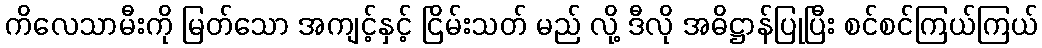
ကိလေသာမီးကို မြတ်သော အကျင့်နှင့် ငြိမ်းသတ် မည် လို့ ဒီလို အဓိဋ္ဌာန်ပြုပြီး စင်စင်ကြယ်ကြယ်